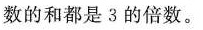
数的和都是3的倍数。